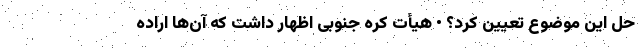
حل این موضوع تعیین کرد؟ • هیأت کره جنوبی اظهار داشت که آن‌ها اراده